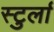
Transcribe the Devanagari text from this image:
स्टुर्ला